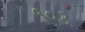
૧૦૩